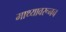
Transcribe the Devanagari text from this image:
माथ्यावरूनच